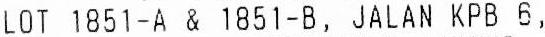
LOT 1851-A & 1851-B, JALAN KPB 6,